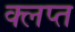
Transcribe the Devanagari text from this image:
क्लप्त